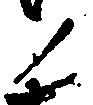
ノ